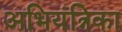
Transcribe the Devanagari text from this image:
अभियंत्रिका